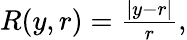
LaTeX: \begin{array}{r}{R(y,r)=\frac{|y-r|}{r},}\end{array}